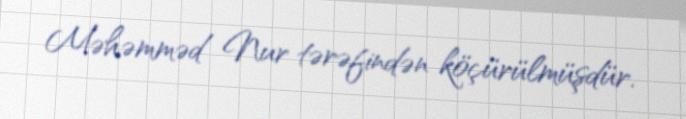
Məhəmməd Nur tərəfindən köçürülmüşdür.